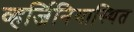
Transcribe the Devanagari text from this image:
व्हर्जिनियास्थित